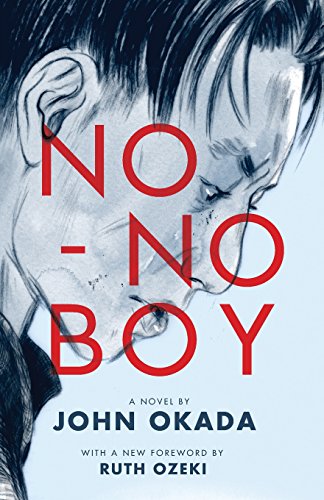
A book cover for No-No Boy (Classics of Asian American Literature); John Okada; Literature & Fiction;